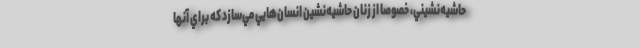
حاشيه‌نشيني، خصوصا از زنان حاشيه‌نشين انسان‌هايي مي‌سازد كه براي آنها